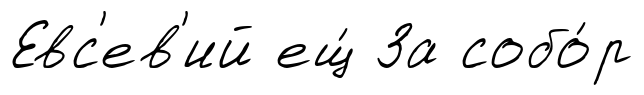
Евс'ев'ий ещ́ За собо́р